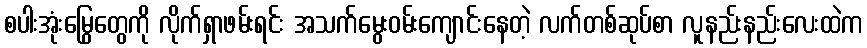
စပါးအုံးမြွေတွေကို လိုက်ရှာဖမ်းရင်း အသက်မွေးဝမ်းကျောင်းနေတဲ့ လက်တစ်ဆုပ်စာ လူနည်းနည်းလေးထဲက